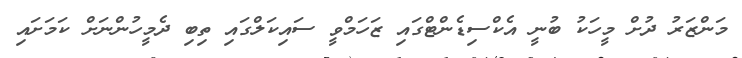
މަންޒަރު ދުށް މީހަކު ބުނީ އެކްސިޑެންޓްގައި ޒަހަމްވީ ސައިކަލްގައި ތިބި ދެމީހުންނަށް ކަމަށައި